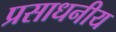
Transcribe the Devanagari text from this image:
प्रसाधनीय